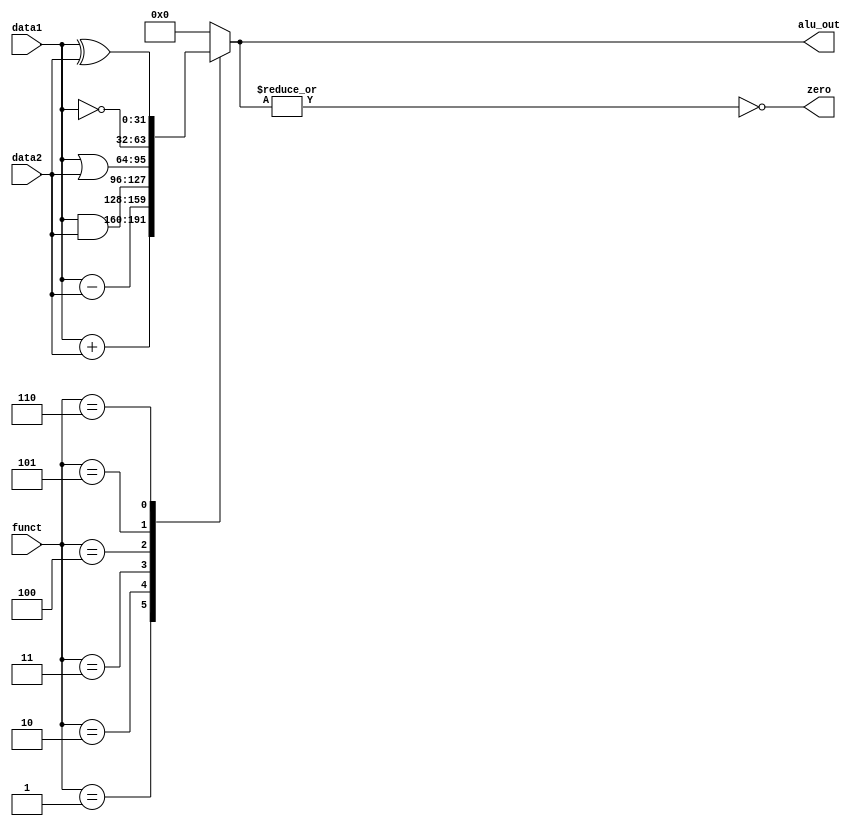

module ALU (alu_out, zero, funct, data1, data2);
	output zero;
	output reg [31:0] alu_out;
	input [31:0] data1,data2;
	input [2:0] funct;

`define CERO 3'b000
`define ADD 3'b001
`define SUB 3'B010
`define AND 3'b011
`define OR 3'b100
`define NOT 3'b101
`define XOR 3'b110

assign zero=~(|alu_out);

always @(funct,data1,data2)
begin
  case (funct)
    `ADD: alu_out=data1+data2;
    `SUB: alu_out=data1-data2;
    `AND: alu_out=data1&data2;
    `OR:  alu_out=data1|data2;
    `NOT: alu_out=~data1;
    `XOR: alu_out=data1^data2;
    default:alu_out=32'b0;
  endcase
end

endmodule